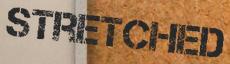
stretched